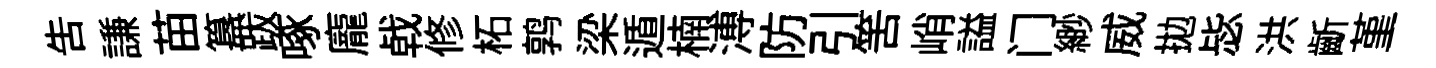
告謙苗簋跋啄龐㦸修柘鹑梁遁楠溥防引筈峭謚门緲威拋毖洪齗堇